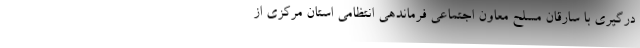
درگیری با سارقان مسلح معاون اجتماعی فرماندهی انتظامی استان مرکزی از